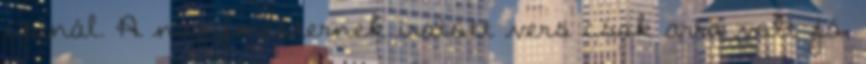
csi­nál. A nagymesternek íratott vers csak arra volt jó,